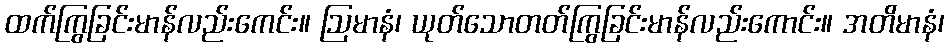
ထက်ကြွခြင်းမာန်လည်းကေင်း။ ဩမာနံ၊ ယုတ်သောတတ်ကြွခြင်းမာန်လည်းကောင်း။ အတိမာနံ၊